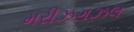
મરીઝગઝલ